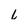
Character: L